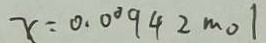
x = 0 . 0 \dot { 0 } 9 4 2 m o l